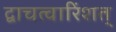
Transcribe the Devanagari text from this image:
द्वाचत्वारिंशत्